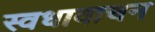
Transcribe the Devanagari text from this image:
स्वधावाचन